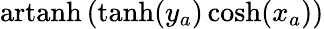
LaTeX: \operatorname{artanh}\left(\operatorname{tanh}(y_{a})\cosh(x_{a})\right)